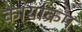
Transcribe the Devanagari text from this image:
कार्याक्रम